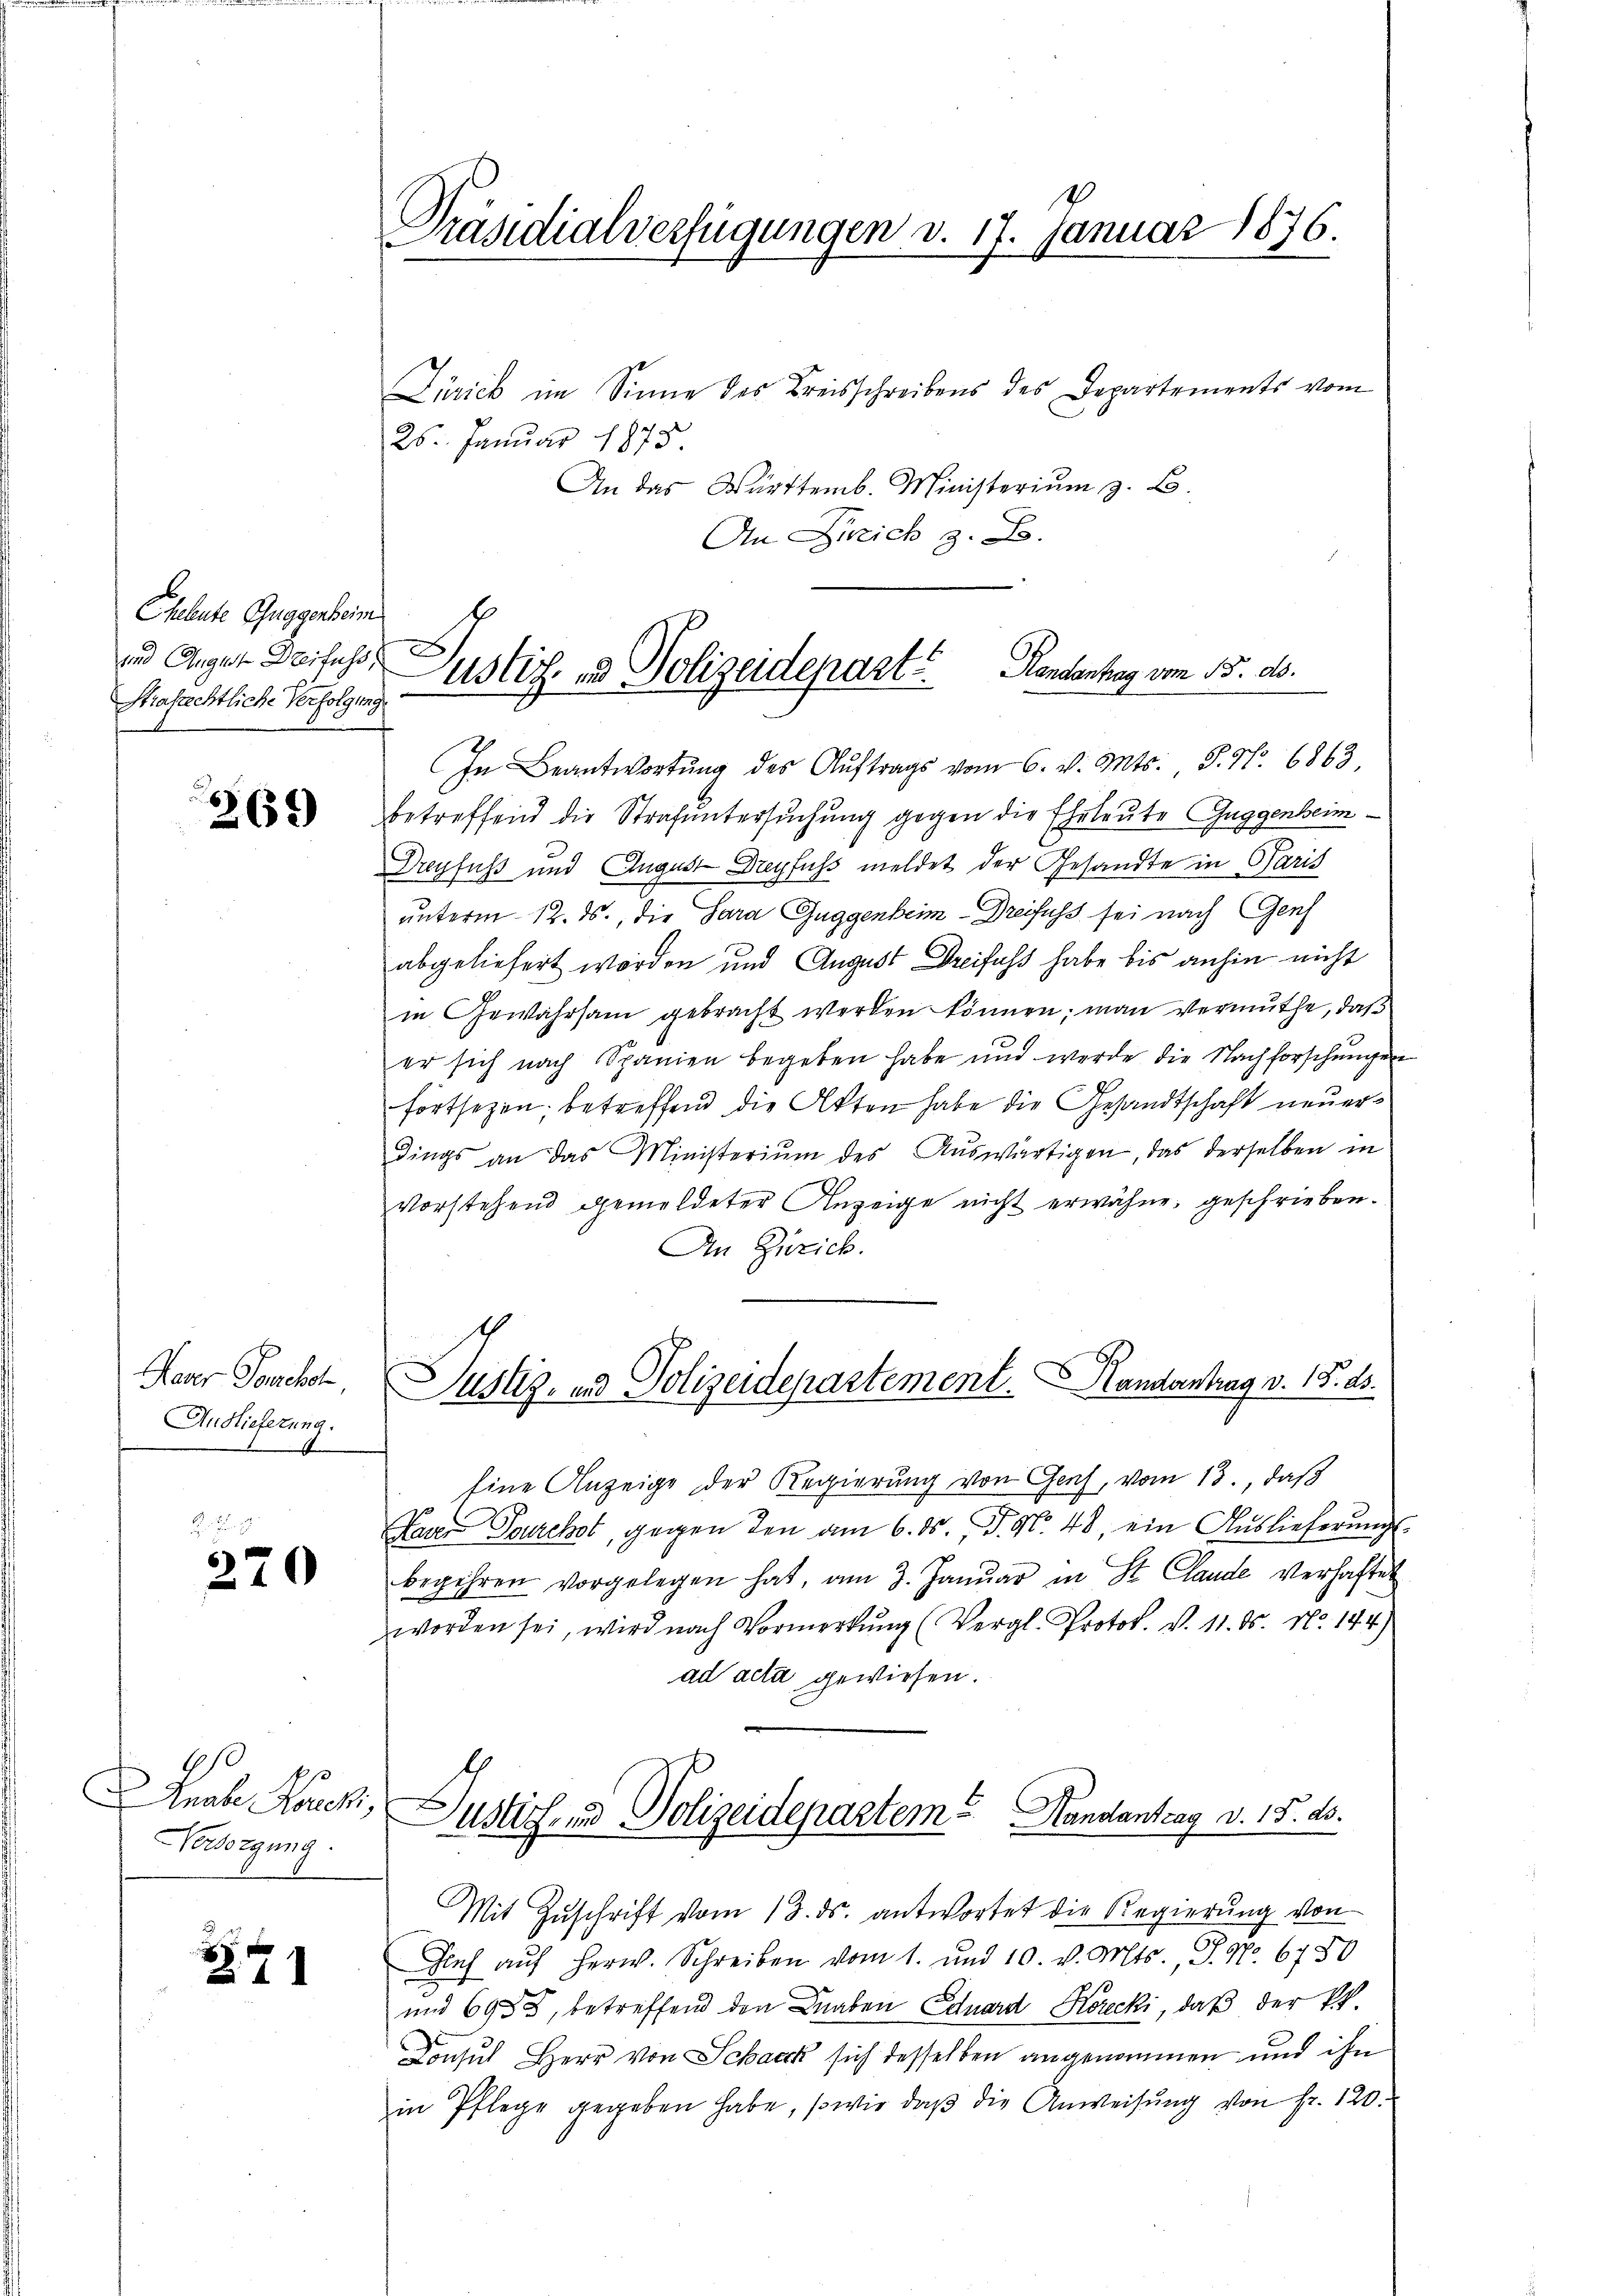
.
Präsidialverfügungen d. 17. Januar 1876.

Zürick im Sinne des Kreisschreibens des Departements vom
25. Januar 1878
An das Württemb. Ministerium z. B.
An Zürich z. B.

Cheleute Guggenheim
und August Dreifuss
Strafrechtliche Verfolgung

betreffend die Strafuntersuchung gegen die Eheleute Guggenheim¬
Dreyfuss und August Dreyfuss meldet der Gesandte in Paris
unterm 12. ds., die Sara Guggenbeim - Dreifuss sei nach Gesch
abgeliefert worden und August Dreifuss habe bis anhin nicht
in Gewährsam gebracht werden können; man vermuthe, daß
er sich nach Spanien begeben habe und werde die Nachforschungen
fortsetzen betreffend die Akten habe die Gesandtschaft neuerdings an das Ministerium des Aŭswärtigen, das derselben in
vorstehend gemeldeter Anzeige nicht erwähne, geschrieben.
An Zürich.
Eine Anzeige der Regierung von Genf, vom 13, daß
Faser Tourchst, gegen den am 6. ds. P. Nr. 48, ein Auslieferungs
begehren vorgelegen hat, am 3. Janŭar in St. Claude verhaftet
worden sei, wird nach Vormerkŭng (Vergl. Protok. v. 11. ds. No. 144)
ad acta gewiesen.
Justiz- und Polizeidepartem Handantrag d. 15. ds.
Mit Zuschrift vom 13. ds. antwortet die Regierung von
Dich auf Herw. Schreiben vom 1. und 10. v. Mts., S. Nr. 6750
und 6958, betreffend den Knaben Eduard Korecki, daß der Pr
Consul Herr von Schack sich desselben angenommen und ihn
in Pflege gegeben habe, sowie daβ die Anweisŭng von fr. 120.

Justiz - Polizeidepart Randentag vom 13. ds.
In Beantwortung des Auftrags vom 6. v. Mts., S. Nr. 6863,

265)

Justiz- und Polizeidepartement. Handentrag v. 18. ds.

Haver Senchol
Anslieferung.

270

rale Forch,
Norsorgung.

e
271